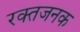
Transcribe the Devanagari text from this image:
रक्तजनक